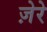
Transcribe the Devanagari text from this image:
ज़ेरे